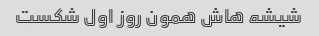
شیشه هاش همون روز اول شکست